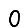
Digit: 0